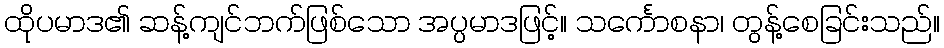
ထိုပမာဒ၏ ဆန့်ကျင်ဘက်ဖြစ်သော အပ္ပမာဒဖြင့်။ သင်္ကောစနာ၊ တွန့်စေခြင်းသည်။